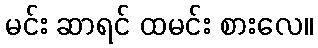
မင်း ဆာရင် ထမင်း စားလေ။